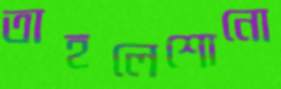
তাহলেশোনো